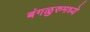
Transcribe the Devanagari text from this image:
बंगळुरुमध्ये